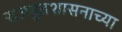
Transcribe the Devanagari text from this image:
राजपुतशासनाच्या